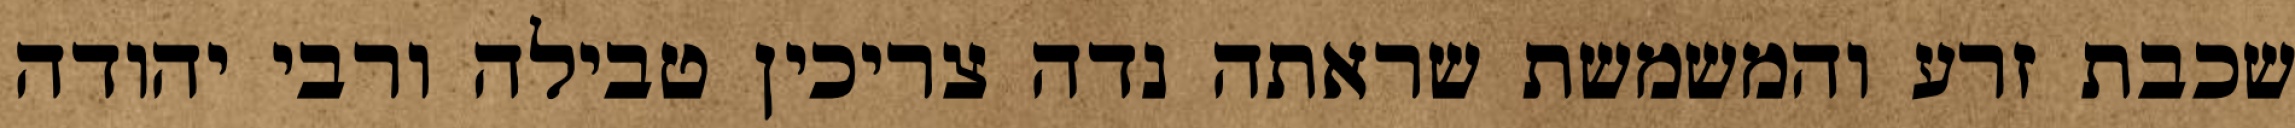
שכבת זרע והמשמשת שראתה נדה צריכין טבילה ורבי יהודה